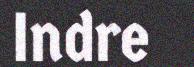
Indre